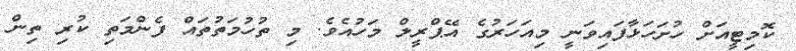
ކޮމިޓީއަށް ހުށަހަޅާފައިވަނީ މިއަހަރުގެ އޭޕްރީލް މަހުއެވެ. މި ތުހުމަތުތައް ފެންމަތި ކުރި ތިން